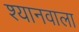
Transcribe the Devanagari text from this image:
श्यानवाला